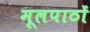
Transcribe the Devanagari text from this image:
मूलपाठों